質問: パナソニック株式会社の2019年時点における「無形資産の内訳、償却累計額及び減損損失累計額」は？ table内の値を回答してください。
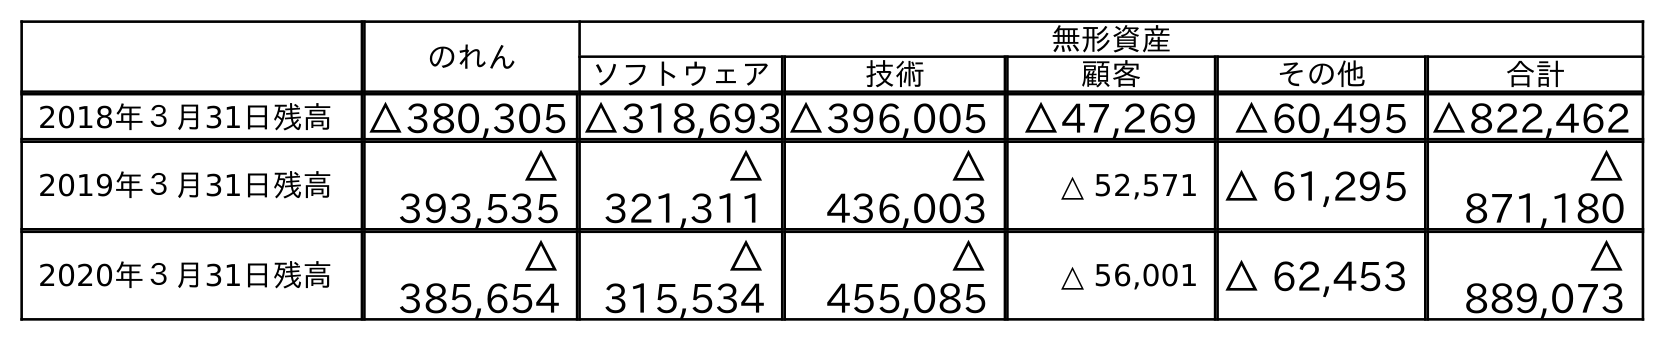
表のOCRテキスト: のれん 無形資産 ソフトウェア 技術 顧客 その他 合計 2018年３月31日残高 △380,305 △318,693△396,005 △47,269 △60,495 △822,462 2019年３月31日残高 △ 393,535 △ 321,311 △ 436,003 △ 52,571 △ 61,295 △ 871,180 2020年３月31日残高 △ 385,654 △ 315,534 △ 455,085 △ 56,001 △ 62,453 △ 889,073
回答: △871,180